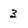
Character: 3